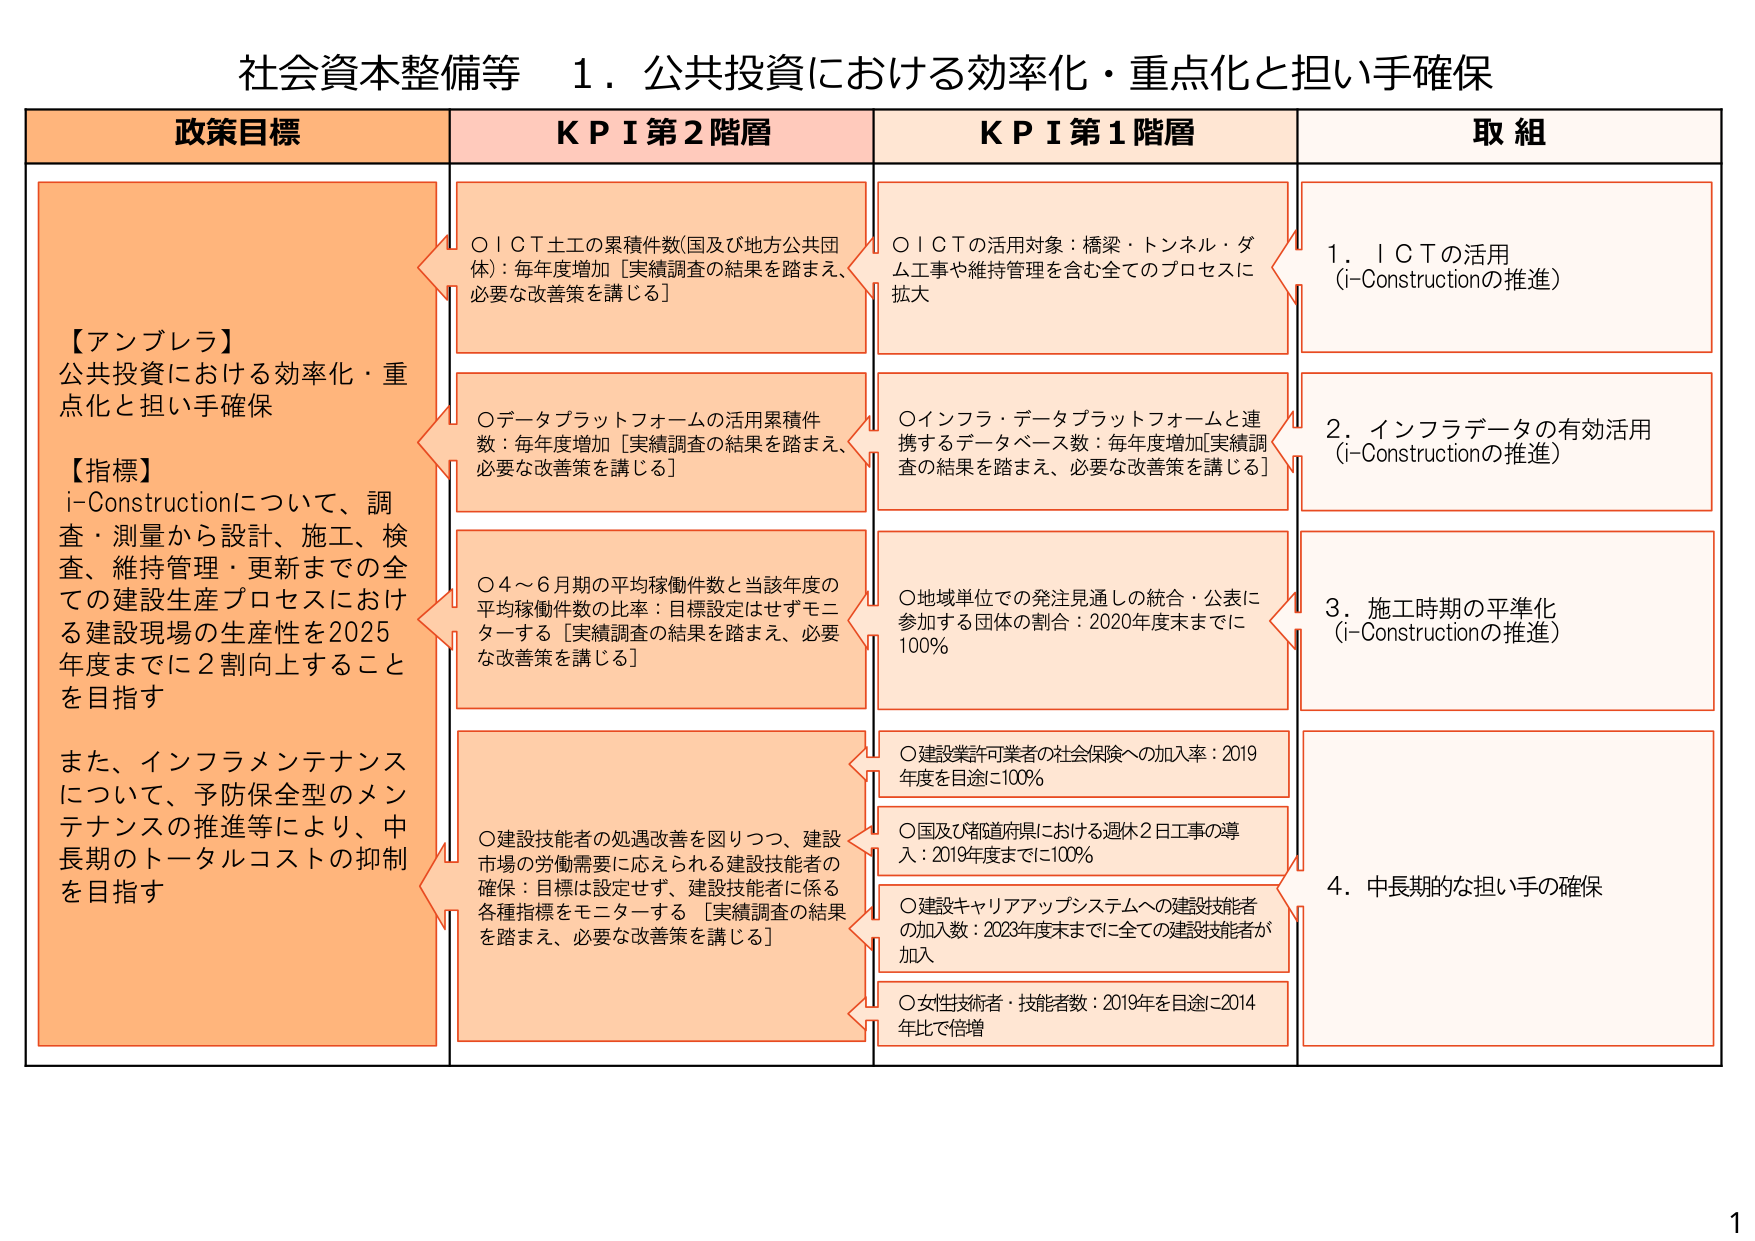
社会資本整備等　１．公共投資における効率化・重点化と担い手確保

政策目標
【アンブレラ】
公共投資における効率化・重点化と担い手確保
【指標】
i-Constructionについて、調査・測量から設計、施工、検査、維持管理・更新までの全ての建設生産プロセスにおける建設現場の生産性を2025年度までに2割向上することを目指す
また、インフラメンテナンスについて、予防保全型のメンテナンスの推進等により、中長期的トータルコストの抑制を目指す

KPI第2階層
○ＩＣＴ土工の累積件数(国及び地方公共団体)：毎年度増加［実績調査の結果を踏まえ、必要な改善策を講じる］
○データプラットフォームの活用累積件数：毎年度増加［実績調査の結果を踏まえ、必要な改善策を講じる］
○4～6月期の平均稼働件数と当該年度の平均稼働件数の比率：目標設定はせずモニターする［実績調査の結果を踏まえ、必要な改善策を講じる］
○建設技能者の処遇改善を図りつつ、建設市場の労働需要に応えられる建設技能者の確保：目標は設定せず、建設技能者に係る各種指標をモニターする［実績調査の結果を踏まえ、必要な改善策を講じる］

KPI第1階層
○ＩＣＴの活用対象：橋梁・トンネル・ダム工事や維持管理を含む全てのプロセスに拡大
○インフラ・データプラットフォームと連携するデータベース数：毎年度増加［実績調査の結果を踏まえ、必要な改善策を講じる］
○地域単位での発注見通しの統合・公表に参加する団体の割合：2020年度末までに100％
○建設業許可業者の社会保険への加入率：2019年度を目途に100％
○国及び都道府県における週休2日工事の導入：2019年度までに100％
○建設キャリアアップシステムへの建設技能者の加入数：2023年度末までに全ての建設技能者が加入
○女性技術者・技能者数：2019年を目途に2014年比で倍増

取組
1．ＩＣＴの活用（i-Constructionの推進）
2．インフラデータの有効活用（i-Constructionの推進）
3．施工時期の平準化（i-Constructionの推進）
4．中長期的な担い手の確保

1